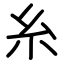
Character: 糸